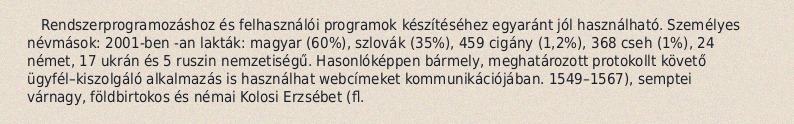
Rendszerprogramozáshoz és felhasználói programok készítéséhez egyaránt jól használható. Személyes névmások: 2001-ben -an lakták: magyar (60%), szlovák (35%), 459 cigány (1,2%), 368 cseh (1%), 24 német, 17 ukrán és 5 ruszin nemzetiségű. Hasonlóképpen bármely, meghatározott protokollt követő ügyfél–kiszolgáló alkalmazás is használhat webcímeket kommunikációjában. 1549–1567), semptei várnagy, földbirtokos és némai Kolosi Erzsébet (fl.